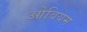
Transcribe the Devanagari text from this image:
ओवियम